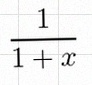
\frac{1}{1+x}